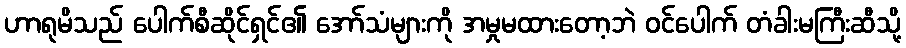
ဟာရုမိသည် ပေါက်စီဆိုင်ရှင်၏ အော်သံများကို အမှုမထားတော့ဘဲ ဝင်ပေါက် တံခါးမကြီးဆီသို့